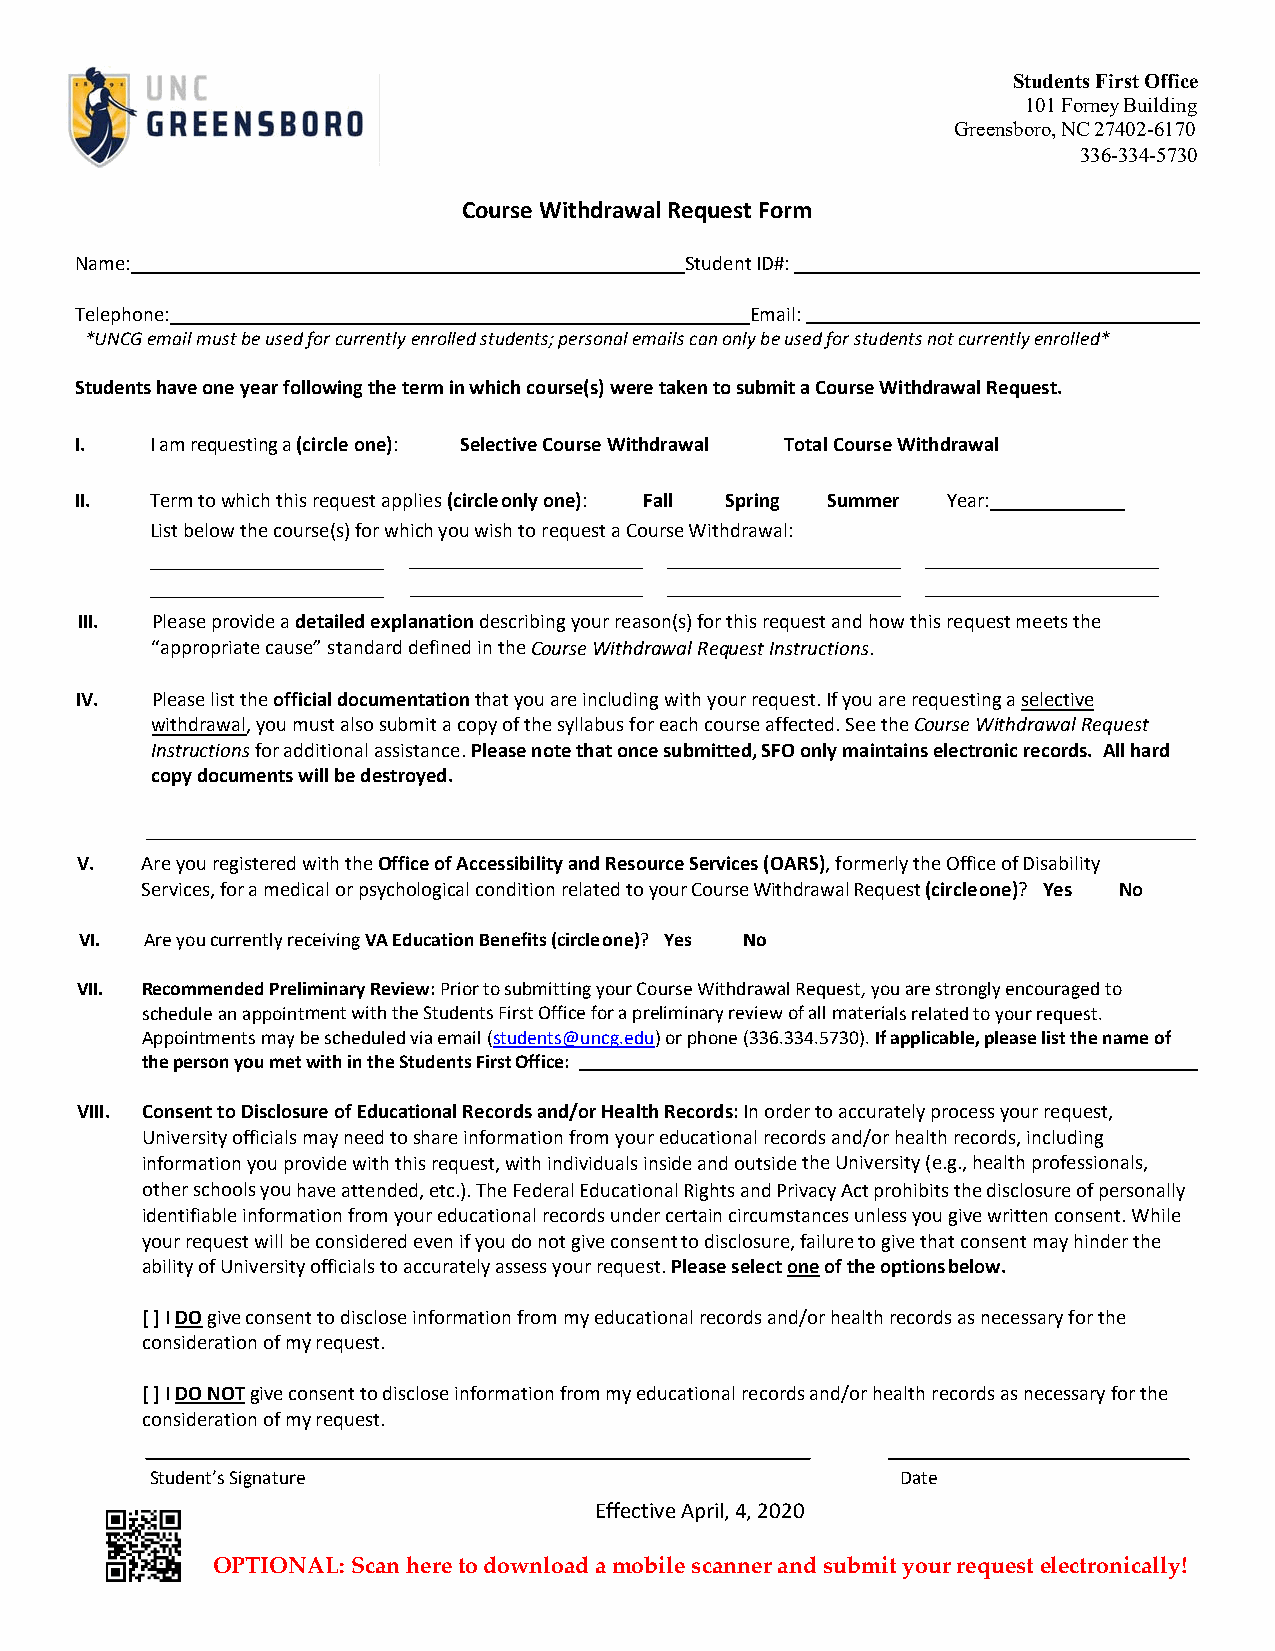
Students First Office
 101 Forney Building
 Greensboro, NC 27402-6170
 336-334-5730
 Course Withdrawal Request Form
 Name:                                   Student ID#:
 Telephone:                                   Email:
 *UNCG email must be used for currently enrolled students; personal emails can only be used for students not currently enrolled*
 Students have one year following the term in which course(s) were taken to submit a Course Withdrawal Request.
 I.   I am requesting a (circle one): Selective Course Withdrawal Total Course Withdrawal
 II.  Term to which this request applies (circle only one): Fall Spring Summer Year:
 List below the course(s) for which you wish to request a Course Withdrawal:
 III. Please provide a detailed explanation describing your reason(s) for this request and how this request meets the
 “appropriate cause” standard defined in the Course Withdrawal Request Instructions.
 IV.  Please list the official documentation that you are including with your request. If you are requesting a selective
 withdrawal, you must also submit a copy of the syllabus for each course affected. See the Course Withdrawal Request
 Instructions for additional assistance. Please note that once submitted, SFO only maintains electronic records. All hard
 copy documents will be destroyed.
 V.  Are you registered with the Office of Accessibility and Resource Services (OARS), formerly the Office of Disability
 Services, for a medical or psychological condition related to your Course Withdrawal Request (circle one)? Yes No
 VI.  Are you currently receiving VA Education Benefits (circle one)? Yes No
 VII. Recommended Preliminary Review: Prior to submitting your Course Withdrawal Request, you are strongly encouraged to
 schedule an appointment with the Students First Office for a preliminary review of all materials related to your request.
 Appointments may be scheduled via email (students@uncg.edu) or phone (336.334.5730). If applicable, please list the name of
 the person you met with in the Students First Office:
 VIII. Consent to Disclosure of Educational Records and/or Health Records: In order to accurately process your request,
 University officials may need to share information from your educational records and/or health records, including
 information you provide with this request, with individuals inside and outside the University (e.g., health professionals,
 other schools you have attended, etc.). The Federal Educational Rights and Privacy Act prohibits the disclosure of personally
 identifiable information from your educational records under certain circumstances unless you give written consent. While
 your request will be considered even if you do not give consent to disclosure, failure to give that consent may hinder the
 ability of University officials to accurately assess your request. Please select one of the options below.
 [ ] I DO give consent to disclose information from my educational records and/or health records as necessary for the
 consideration of my request.
 [ ] I DO NOT give consent to disclose information from my educational records and/or health records as necessary for the
 consideration of my request.
 Student’s Signature                               Date
 Effective April, 4, 2020
 OPTIONAL: Scan here to download a mobile scanner and submit your request electronically!